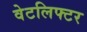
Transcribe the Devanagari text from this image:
वेटलिफ्टर